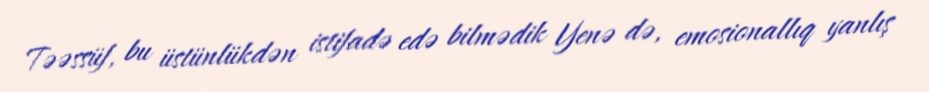
Təəssüf, bu üstünlükdən istifadə edə bilmədik Yenə də, emosionallıq yanlış